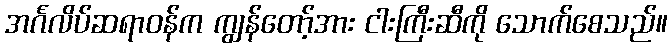
အင်္ဂလိပ်ဆရာဝန်က ကျွန်တော့်အား ငါးကြီးဆီကို သောက်စေသည်။